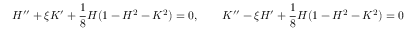
H ^ { \prime \prime } + \xi K ^ { \prime } + \frac 1 8 H ( 1 - H ^ { 2 } - K ^ { 2 } ) = 0 , \qquad K ^ { \prime \prime } - \xi H ^ { \prime } + \frac 1 8 H ( 1 - H ^ { 2 } - K ^ { 2 } ) = 0